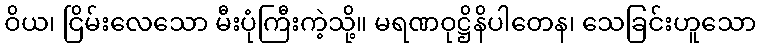
ဝိယ၊ ငြိမ်းလေသော မီးပုံကြီးကဲ့သို့။ မရဏဝုဋ္ဌိနိပါတေန၊ သေခြင်းဟူသော